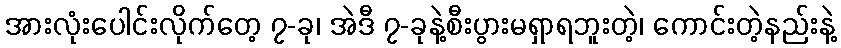
အားလုံးပေါင်းလိုက်တေ့ ၇-ခု၊ အဲဒီ ၇-ခုနဲ့စီးပွားမရှာရဘူးတဲ့၊ ကောင်းတဲ့နည်းနဲ့